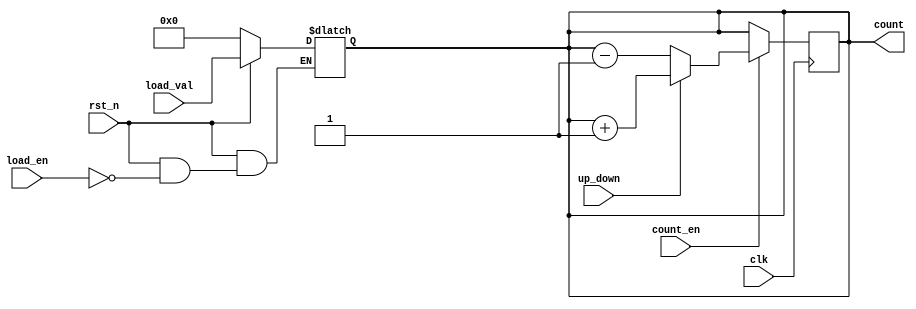
module async_load_counter (
    input wire clk,           // Clock signal
    input wire rst_n,        // Asynchronous reset (active low)
    input wire load_en,      // Load enable signal
    input wire count_en,     // Count enable signal
    input wire up_down,      // Up/Down control signal (1 for up, 0 for down)
    input wire [3:0] load_val,// Value to load into the counter (4-bit width)
    output reg [3:0] count   // Current count value (4-bit width)
);
    
    // Asynchronous reset
    always @(*) begin
        if (!rst_n) begin
            count = 4'b0000; // Reset value
        end else if (load_en) begin
            count = load_val; // Load new value
        end
    end
    
    // Synchronous counting logic
    always @(posedge clk) begin
        if (count_en) begin
            if (up_down) begin
                count <= count + 1; // Increment
            end else begin
                count <= count - 1; // Decrement
            end
        end
    end
    
endmodule